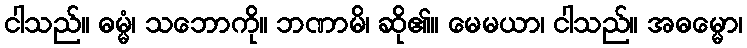
ငါသည်။ ဓမ္မံ၊ သဘောကို။ ဘဏာမိ၊ ဆို၏။ မေမယာ၊ ငါသည်။ အဓမ္မော၊